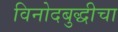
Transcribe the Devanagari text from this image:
विनोदबुद्धीचा